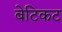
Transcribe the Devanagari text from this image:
बेटिकट